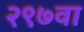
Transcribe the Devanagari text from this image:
२९७वा